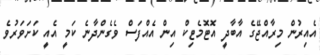
އެއިރުން މިރާއްޖޭގެ އާބާދީ އޮޓޮމެޓިކް އިން އެއްފަސް ވެގެންދާނެ ކަމީ އެއީ ކަށަވަރުވެ